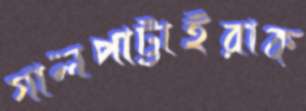
গালপাট্টাইরাক